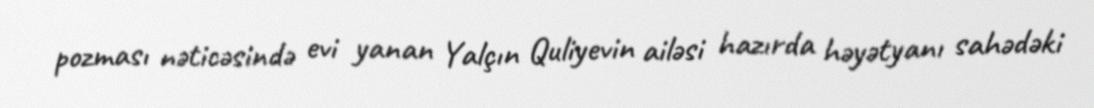
pozması nəticəsində evi yanan Yalçın Quliyevin ailəsi hazırda həyətyanı sahədəki